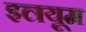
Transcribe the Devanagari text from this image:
इलयूम